Civil Veterinary Dept. Assam report 1927-50 - 1927-1950
Year: 1927
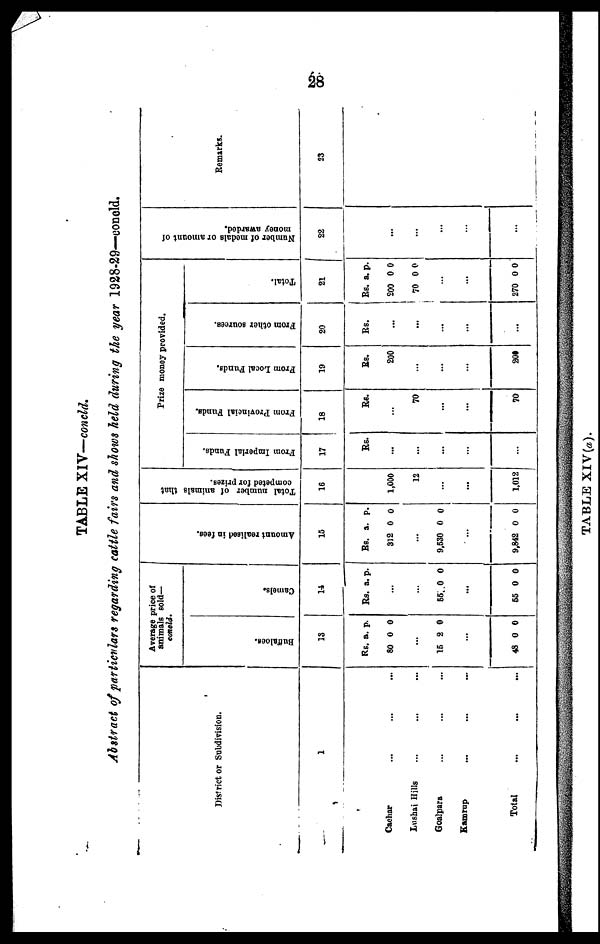
28
TABLE XIV—concld.
Abstract of particulars regarding cattle fairs and shows held during the year 1928-29—concld.
District or Subdivision.
1
Cachar ... ... ...
Lushai Hills ... ... ...
Goalpara ... ... ...
Kamrup ... ... ...
Total ... ... ...
Average price of
animals sold—
concld.
Buf f
a l
oe s .
13
Rs.
80
a.
0
p.
0
...
15 2 0
...
48 0 0
Ca me l
s .
14
Rs. a. p.
...
...
55 0 0
...
55 0 0
Amo u n t r e a l i s e d in f ees.
15
Rs.
312
a.
0
p.
0
...
9,530 0 0
...
9,842 0 0
Tot al number of animals that
competed for prizes.
16
1,000
12
...
...
1,012
Prize money provided.
From Imperial Funds.
17
Rs.
...
...
...
...
...
From Provincial Funds.
18
Rs.
...
70
...
...
70
From Local Funds.
19
Rs.
200
...
...
...
209
From other sources.
20
Rs.
...
...
...
...
...
Tot al .
21
Rs.
200
70
a.
0
0
p.
0
0
...
...
270 0 0
Nu mb e r of m e d a l s or amount of
money awarded.
22
...
...
...
...
...
Remarks.
23